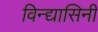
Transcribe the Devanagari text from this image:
विन्द्यासिनी